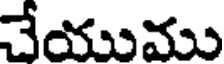
చేయుము